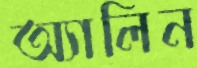
অ্যালিন